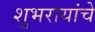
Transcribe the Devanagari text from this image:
शुभरायांचे